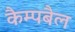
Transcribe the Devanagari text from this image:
कैम्पबैल